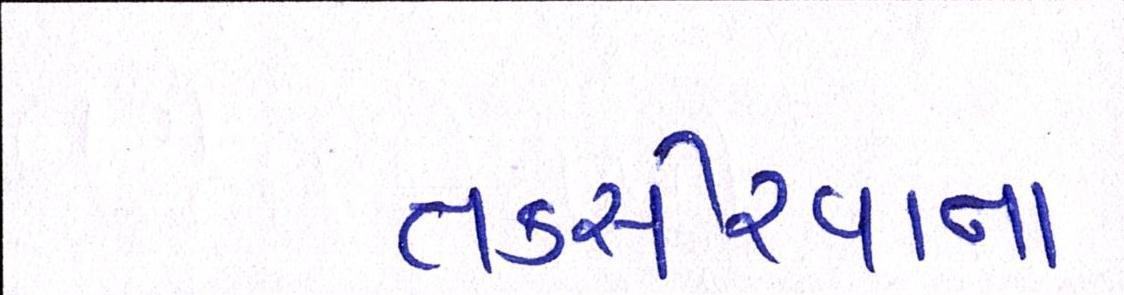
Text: તકસીરવાન